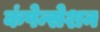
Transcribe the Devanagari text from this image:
कंपेन्सेशन